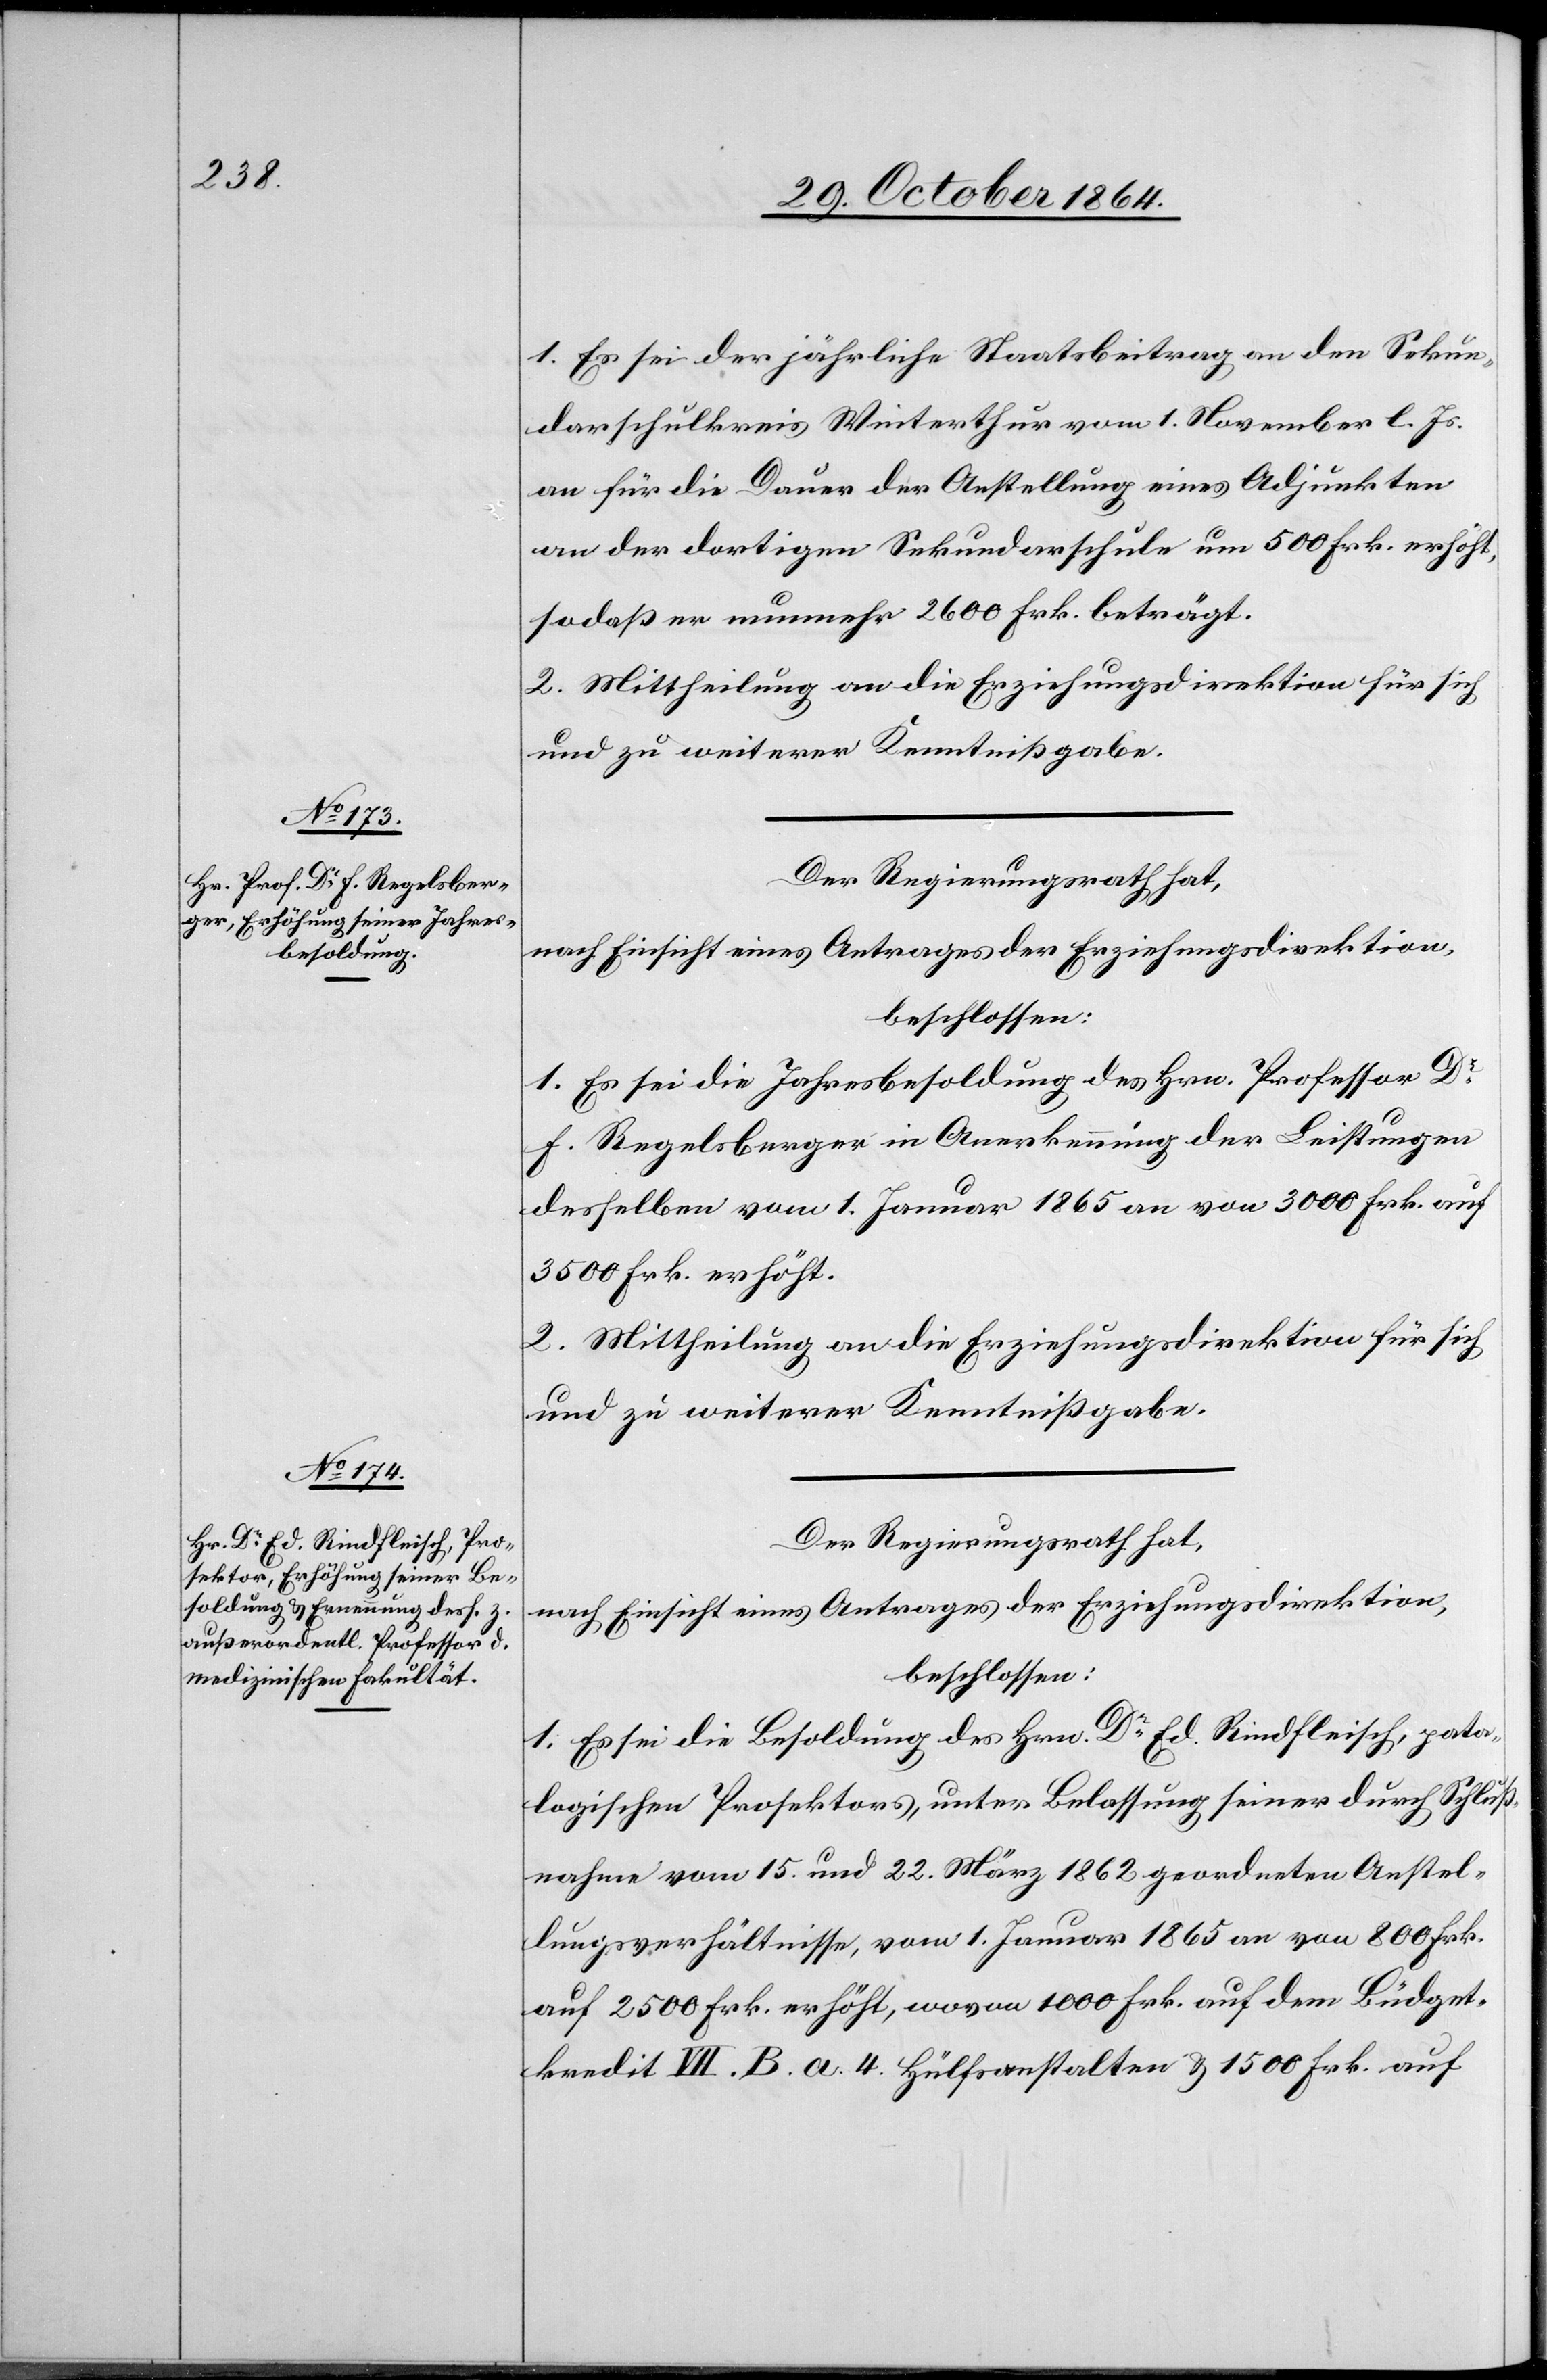
1. Es sei der jährliche Staatsbeitrag an den Sekun¬
darschulkreis Winterthur vom 1. November l. Js.
an für die Dauer der Anstellung eines Adjunkten
an der dortigen Sekundarschule um 500 Frk. erhöht,
so daß er nunmehr 2600 Frk. beträgt.
2. Mittheilung an die Erziehungsdirektion für sich
und zu weiterer Kenntnißgabe.
Der Regierungsrath hat,
nach Einsicht eines Antrages der Erziehungsdirektion,
beschlossen:
1. Es sei die Jahresbesoldung des Hrn. Professor Dr
F. Regelsberger in Anerkennung der Leistungen
desselben vom 1. Januar 1865 an von 3000 Frk. auf
3500 Frk. erhöht.
2. Mittheilung an die Erziehungsdirektion für sich
und zu weiterer Kenntnißgabe.
Der Regierungsrath hat,
nach Einsicht eines Antrages der Erziehungsdirektion,
beschlossen:
1. Es sei die Besoldung des Hrn. Dr Ed. Rindfleisch, pata¬
logischen [sic!] Prosektors, unter Belassung seiner durch Schluß¬
nahme vom 15. und 22. März 1862 geordneten Anstel¬
lungsverhältnisse, vom 1. Januar 1865 an von 800 Frk.
auf 2500 Frk. erhöht, wovon 1000 Frk. auf dem Büdget¬
kredit VII. B. a. 4. Hülfsanstalten & 1500 Frk. auf